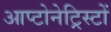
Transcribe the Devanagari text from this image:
आप्टोनेट्रिस्टों